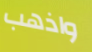
واذهب